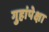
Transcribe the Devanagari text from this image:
गुहांपेक्षा